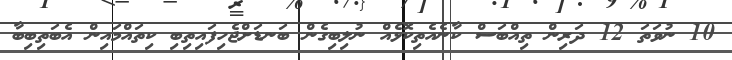
10 ނުވަތަ 12 ދަރިން ތިއްބަސް ކާނެއެތިކޮޅެއް ނުލިބިގެން ބަނޑަށްޖެހިފައިތިބި ކިތައްމައިން އެބަތިބިބާ